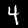
Label: 4